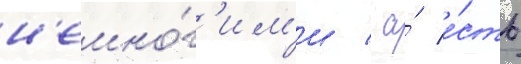
н'емно́г'им'и / а́ е́сть